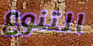
التنوع